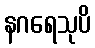
နဂရေသုပိ